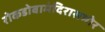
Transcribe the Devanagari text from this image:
रोकडोबामंदिरासमोर